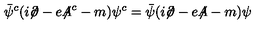
\bar { \psi } ^ { c } ( i { \not \! \partial } - e { \not \! \! A } ^ { c } - m ) \psi ^ { c } = \bar { \psi } ( i { \not \! \partial } - e { \not \! \! A } - m ) \psi